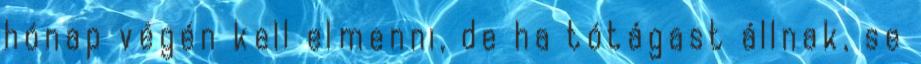
hónap végén kell elmenni, de ha tótágast állnak, se